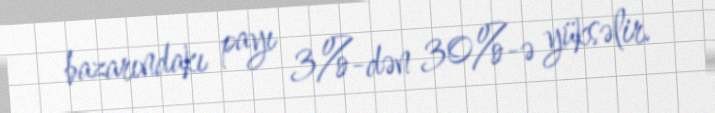
bazarındakı payı 3%-dən 30%-ə yüksəlir.